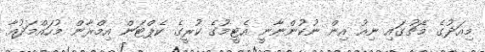
މިއަދުގެ މެޗުގައި ނިއު އިން ނުކުންނާނީ އެޓީމުގެ ކުރީގެ ކެޕްޓަން އިމްރާން މުހައްމަދުއާ